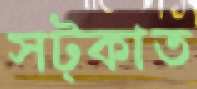
সট্‌কাত